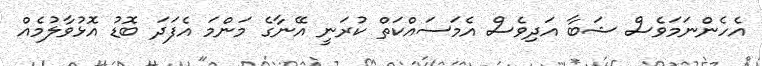
އެހެންނަމަވެސް ޝަބާ އަދިވެސް އެމަސައްކަތް ކުރަނީ އޭނާގެ މަންމަ އެފަދަ ބޮޑު އޮޅުވާލުމެއް